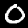
Label: 0